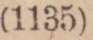
(1135)